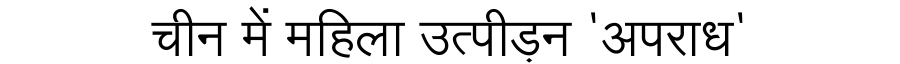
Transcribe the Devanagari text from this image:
चीन में महिला उत्पीड़न 'अपराध'